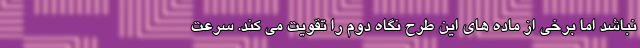
نباشد اما برخی از ماده های این طرح نگاه دوم را تقویت می کند. سرعت